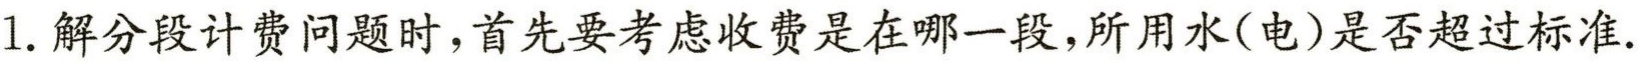
1. 解分段计费问题时，首先要考虑收费是在哪一段，所用水(电)是否超过标准.